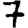
Digit: 7